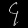
Digit: ၄